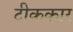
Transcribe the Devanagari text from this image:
टीककार